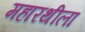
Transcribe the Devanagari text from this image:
महारथीला